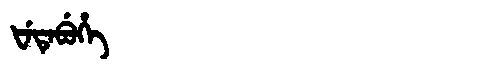
Manchu: ᡶᡝᡨᡝᠪᡠᡥᡝ
Romanization: FETEBUHE